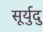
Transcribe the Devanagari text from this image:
सूर्युदु